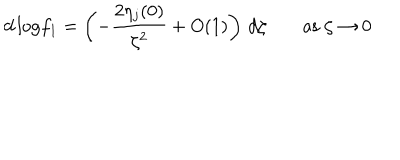
d \, \mathrm { l o g } f _ { 1 } = \left( - \frac { 2 \eta _ { j } ( 0 ) } { \zeta ^ { 2 } } + O ( 1 ) \right) \, d \zeta \; \mathrm { a s } \; \zeta \rightarrow 0